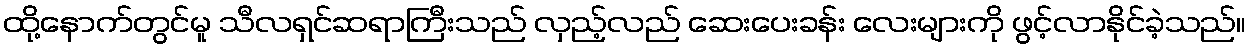
ထို့နောက်တွင်မူ သီလရှင်ဆရာကြီးသည် လှည့်လည် ဆေးပေးခန်း လေးများကို ဖွင့်လာနိုင်ခဲ့သည်။